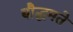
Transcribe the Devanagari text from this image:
बौद्धमते